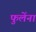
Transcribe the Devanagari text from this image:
फुलेंना